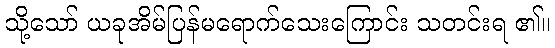
သို့သော် ယခုအိမ်ပြန်မရောက်သေးကြောင်း သတင်းရ ၏။